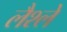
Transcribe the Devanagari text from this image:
लैश्ले